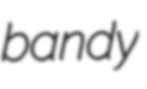
bandy